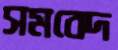
সমবেদ